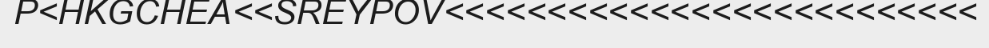
P<HKGCHEA<<SREYPOV<<<<<<<<<<<<<<<<<<<<<<<<<<